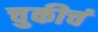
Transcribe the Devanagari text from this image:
चुकीचं